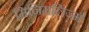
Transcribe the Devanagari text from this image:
मिनिमलिज़्म